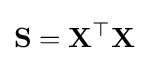
\mathbf {S} =\mathbf {X} ^{\top }\mathbf {X}